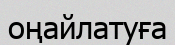
оңайлатуға